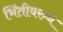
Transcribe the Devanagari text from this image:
भिंतीवरुन